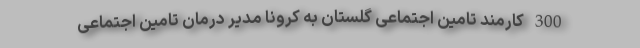
300 کارمند تامین اجتماعی گلستان به کرونا مدیر درمان تامین اجتماعی